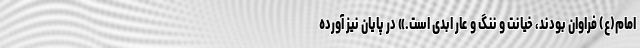
امام(ع) فراوان بودند، خیانت و ننگ و عار ابدی است.» در پایان نیز آورده